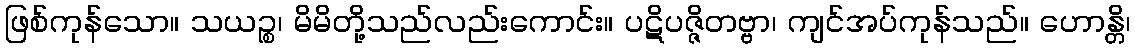
ဖြစ်ကုန်သော။ သယဉ္စ၊ မိမိတို့သည်လည်းကောင်း။ ပဋိပဇ္ဇိတဗ္ဗာ၊ ကျင်အပ်ကုန်သည်။ ဟောန္တိ၊